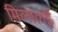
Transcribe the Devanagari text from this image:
मिलालई